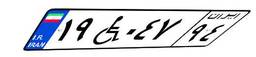
۱۹W۰۴۷۹۴